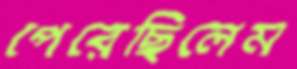
পেরেছিলেম